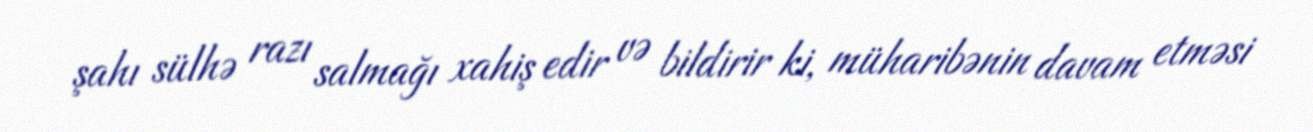
şahı sülhə razı salmağı xahiş edir və bildirir ki, müharibənin davam etməsi